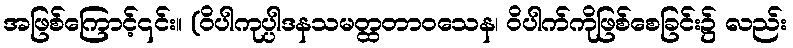
အဖြစ်ကြောင့်၎င်း။ (ဝိပါကုပ္ပါဒနသမတ္ထတာဝသေန၊ ဝိပါက်ကိုဖြစ်စေခြင်း၌ လည်း